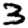
Digit: 3